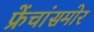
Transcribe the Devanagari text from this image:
फ्रेंचांसमोर